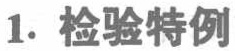
1. 检验特例